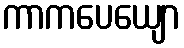
ကာကပေယျော